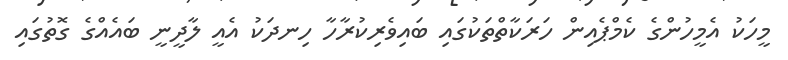
މީހަކު އެމީހުންގެ ކެމްޕެއިން ހަރަކާތްތަކުގައި ބައިވެރިކުރާހާ ހިނދަކު އެއީ ލާދީނީ ބައެއްގެ ގޮތުގައި